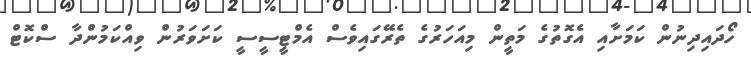
ހޯދައިދިނުން ކަމަށާއި އެގޮތުގެ މަތީން މިއަހަރުގެ ތެރޭގައިވެސް އެމްޓީސީސީ ކަށަވަރުން ވިއްކަމުންދާ ސްކޮޓް